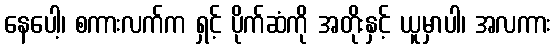
နေပေါ့၊ စကားလက်က ရှင့် ပိုက်ဆံကို အတိုးနှင့် ယူမှာပါ၊ အလကား